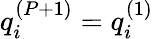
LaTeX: q_{i}^{(P+1)}=q_{i}^{(1)}